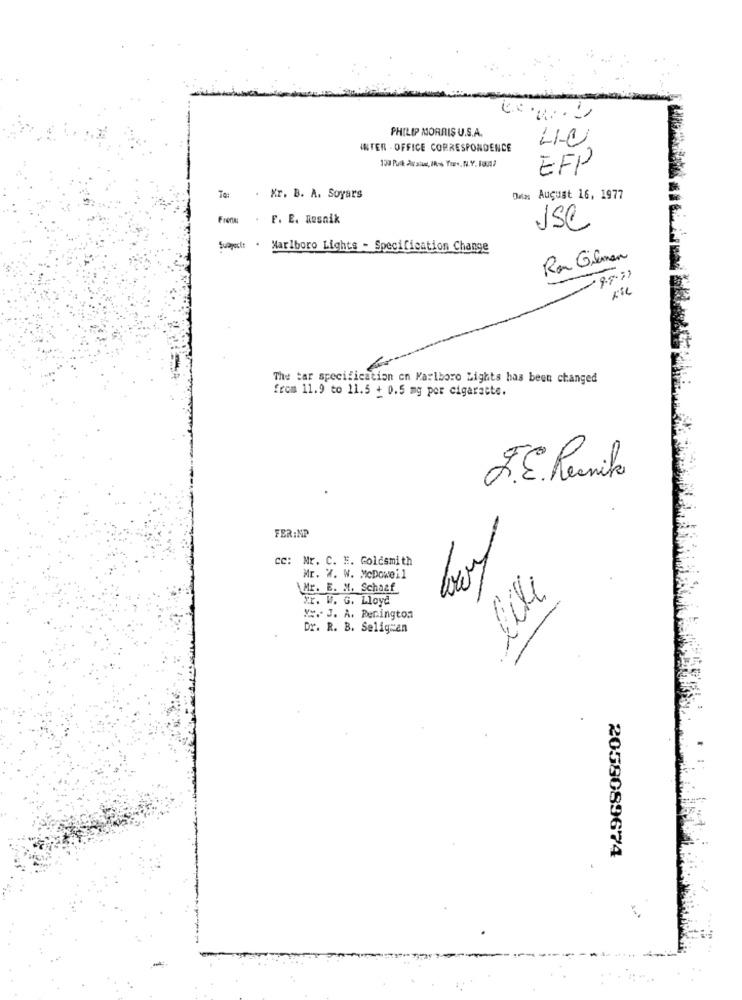
PHILIP MORRIS U.S.A.
-1
INTER - OFFICE CORRESPONDENCE
130 Puck Au sie, IR- Tors, N.Y. 1001)
EFP
Te: . Kr. B. A. Soyars
Ons: August 16, 1977
Frena
.F. E. Resnik
use
Swaped: . Marlboro Lights - Specification Change
Re Gimen
-9971
The tar specification on Marlboro Lights has been changed
from 11.9 to 11.5 + 0.5 mg por cigarette.
F.E. Resnik
FER:MP
cc: Mr. C. E. Goldsmith
Mr. W. W. McDowell
like
Mr. E. M. Schaaf
*r. W. G. Lloyd
Y :. J. A. Renington
Dr. R. B. Selig=an
2058089674